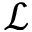
\mathcal { L }